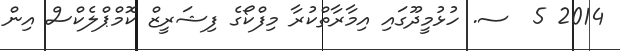
2014 5  ސ. ހުޅުމީދޫގައި އިމާރާތްކުރާ މިފްކޯގެ ފިޝަރީޒް ކޮމްޕްލެކްސް އިން